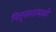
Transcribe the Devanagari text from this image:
पित्तृसत्तांमध्ये